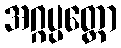
အဂ္ဂပ္ပတ္တော